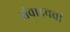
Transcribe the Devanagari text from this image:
संवादचर्चा